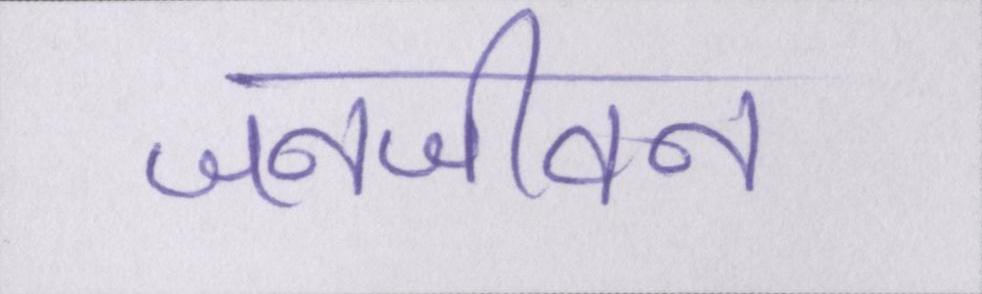
जनजीवन